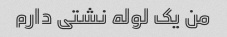
من یک لوله نشتی دارم